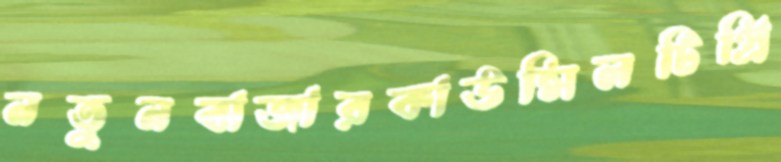
নতুনবাজারকাউন্সিলটিপ্রি